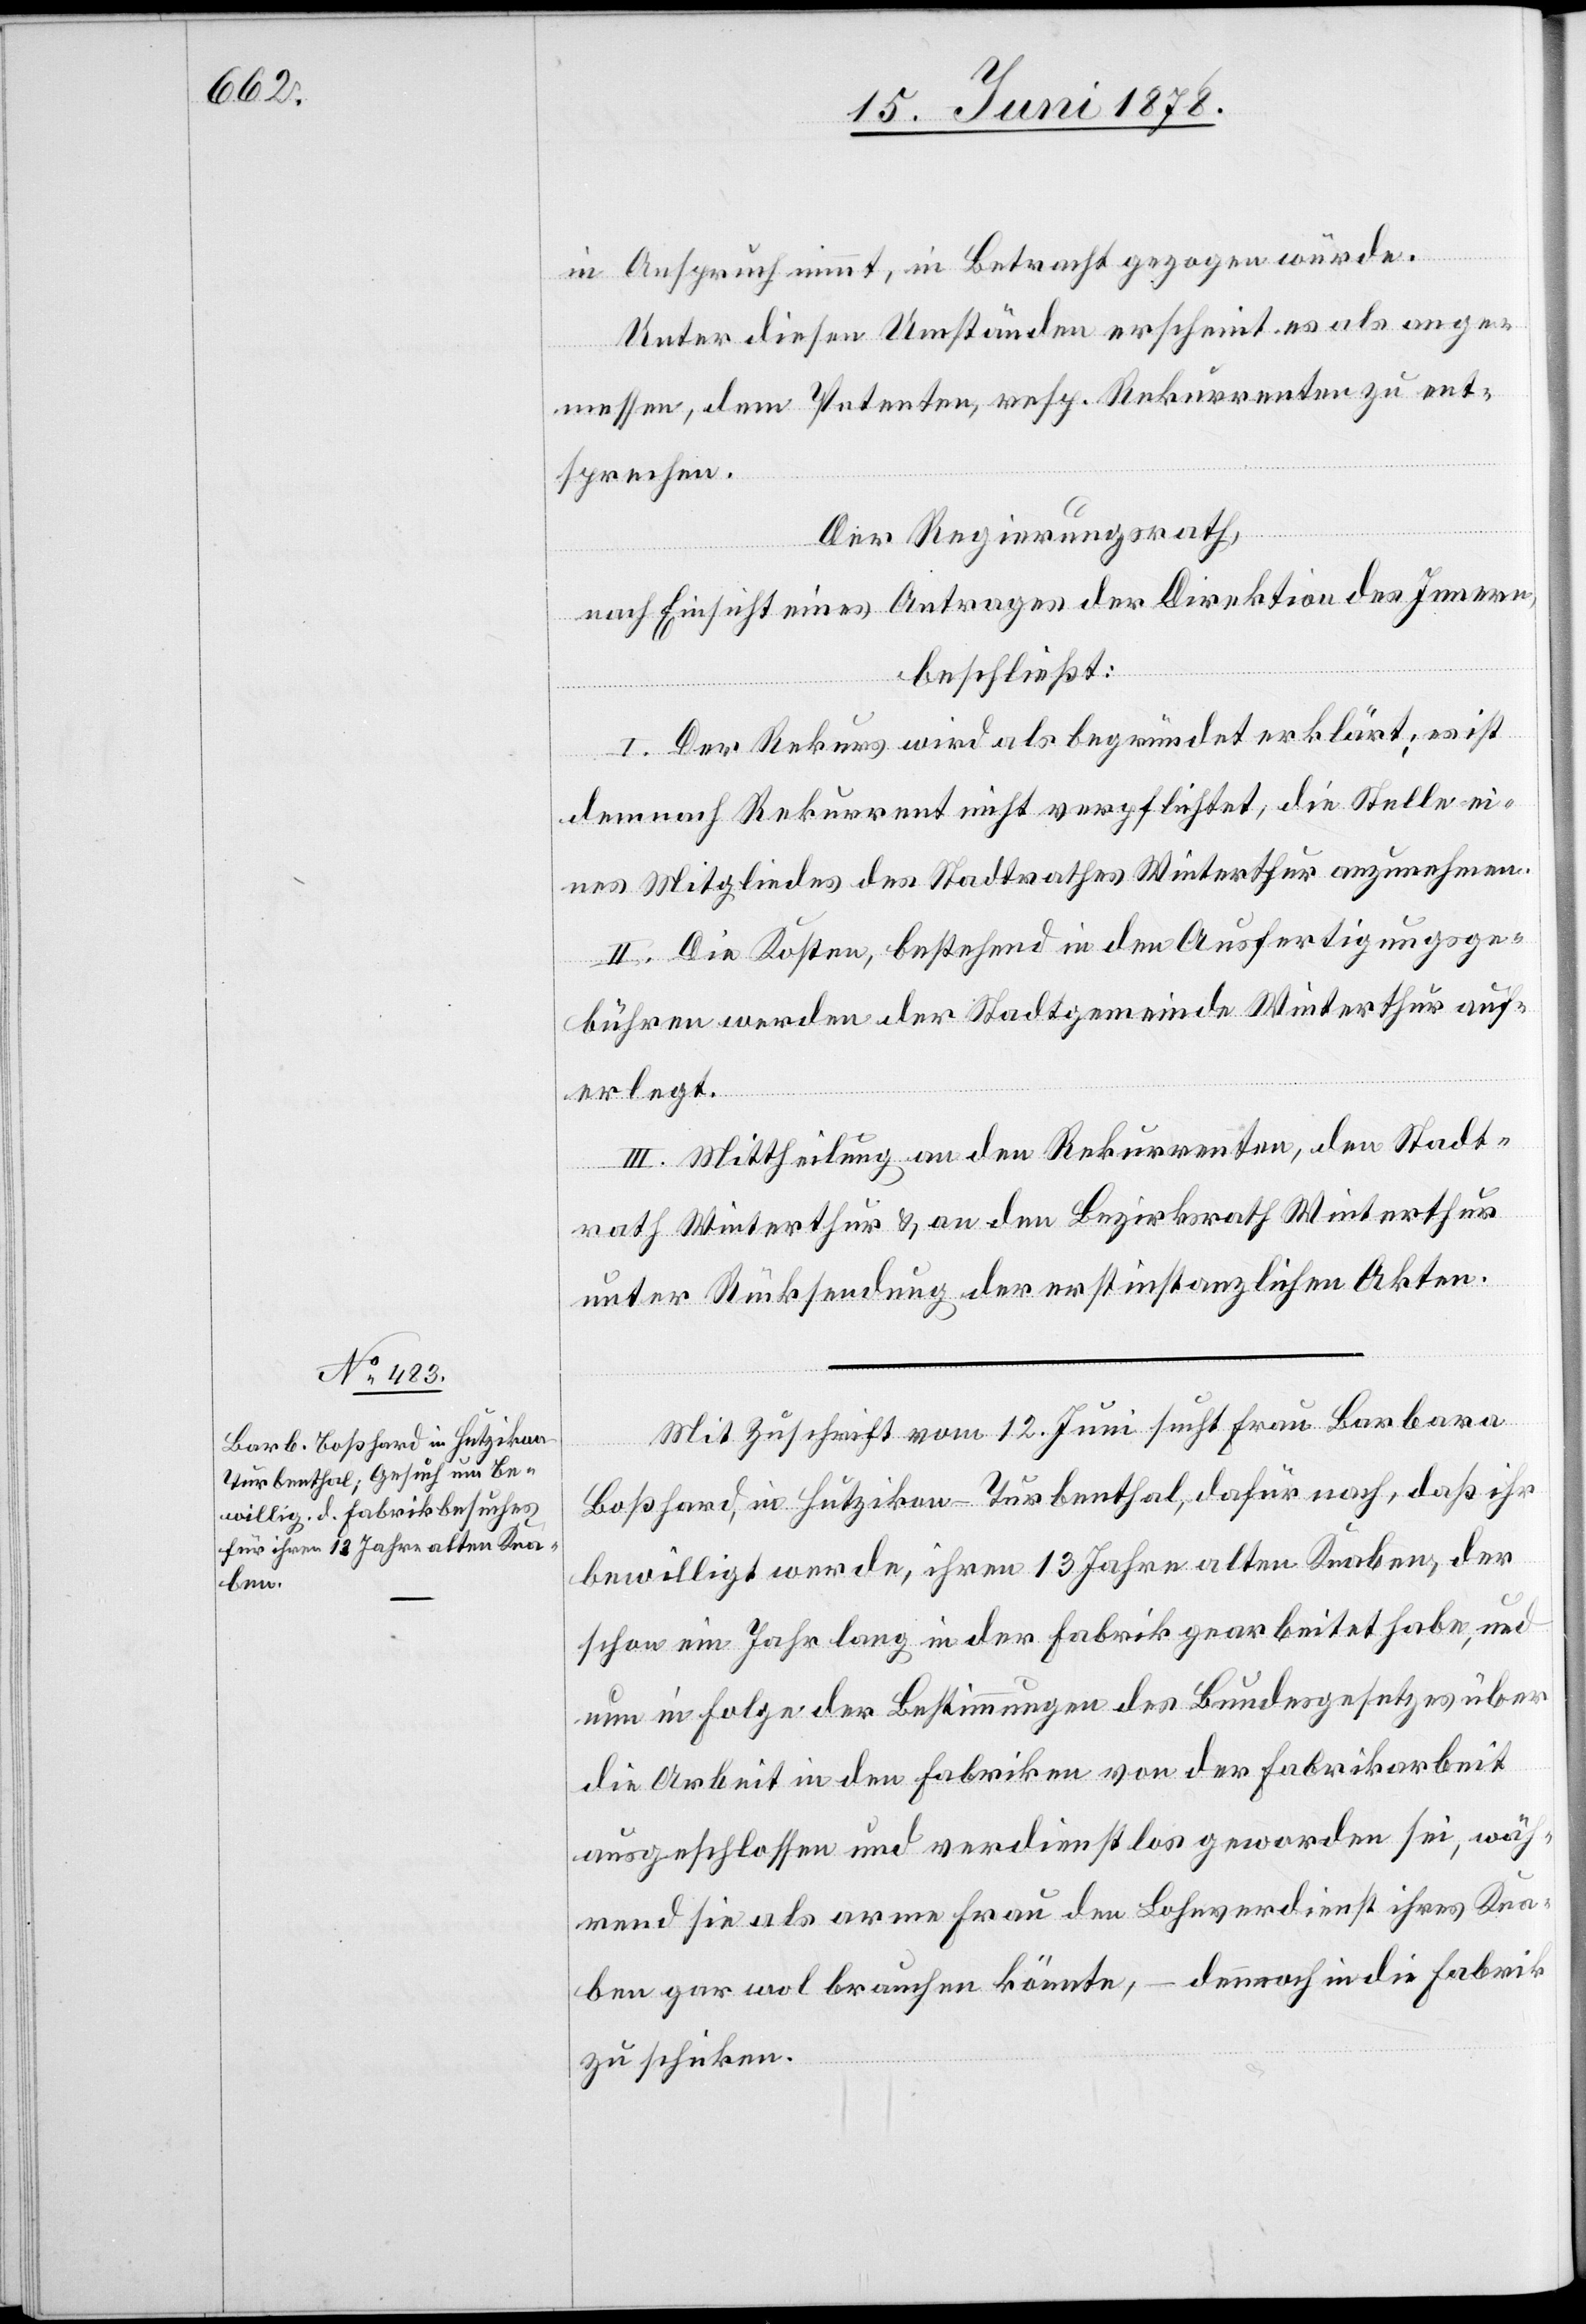
in Anspruch nimmt, in Betracht gezogen würde.
Unter diesen Umständen erscheint es als ange¬
messen, dem Petenten, resp. Rekurrenten zu ent¬
sprechen.
Der Regierungsrath,
nach Einsicht eines Antrages der Direktion des Innern,
beschließt:
I. Der Rekurs wird als begründet erklärt; es ist
demnach Rekurrent nicht verpflichtet, die Stelle ei¬
nes Mitgliedes des Stadtrathes Winterthur anzunehmen.
II. Die Kosten, bestehend in den Ausfertigungsge¬
bühren werden der Stadtgemeinde Winterthur auf¬
erlegt.
III. Mittheilung an den Rekurrenten, den Stadt¬
rath Winterthur & an den Bezirksrath Winterthur
unter Rücksendung der erstinstanzlichen Akten.
Mit Zuschrift vom 12. Juni sucht Frau Barbara
Boßhard, in Hutzikon - Turbenthal, dafür nach, daß ihr
bewilligt werde, ihren 13 Jahre alten Knaben, der
schon ein Jahr lang in der Fabrik gearbeitet habe, und
nun in Folge der Bestimmungen des Bundesgesetzes über
die Arbeit in den Fabriken von der Fabrikarbeit
ausgeschlossen und verdienstlos geworden sei, wäh¬
rend sie als arme Frau den Lohnverdienst ihres Kna¬
ben gar wol brauchen könnte, – dennoch in die Fabrik
zu schicken.